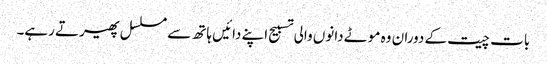
بات چیت کے دوران وہ موٹے دانوں والی تسبیح اپنے دائیں ہاتھ سے مسلسل پھیرتے رہے۔